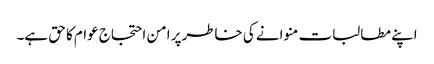
اپنے مطالبات منوانے کی خاطرپر امن احتجاج عوام کا حق ہے۔